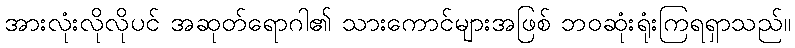
အားလုံးလိုလိုပင် အဆုတ်ရောဂါ၏ သားကောင်များအဖြစ် ဘဝဆုံးရုံးကြရရှာသည်။